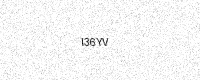
Text: I36YV